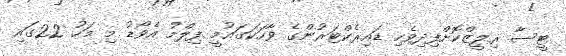
ޓީސާ ރިލީޒްކޮށްފިދިވެހި ޑައިރެކްޓަރުންގެ ވާހަކަގައުމީ ފިލްމު އެވޯޑު މި މަހު 22ގައި